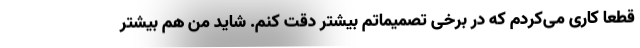
قطعاً کاری می‌کردم که در برخی تصمیماتم بیشتر دقت کنم. شاید من هم بیشتر